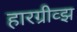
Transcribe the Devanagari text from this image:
हारग्रीव्झ